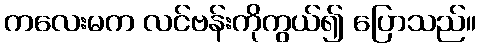
ကလေးမက လင်ဗန်းကိုကွယ်၍ ပြောသည်။